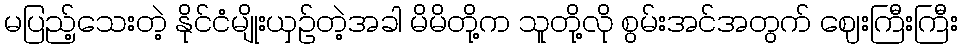
မပြည့်သေးတဲ့ နိုင်ငံမျိုးယှဉ်တဲ့အခါ မိမိတို့က သူတို့လို စွမ်းအင်အတွက် ဈေးကြီးကြီး